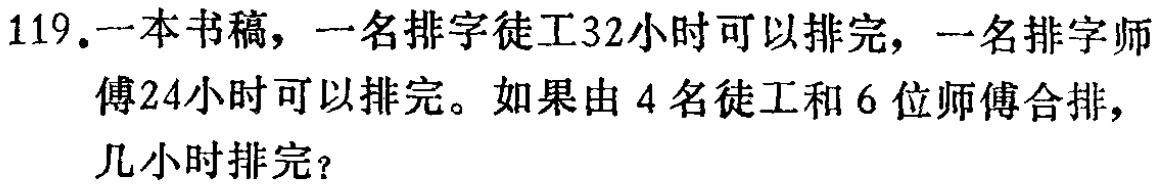
119.一本书稿，一名排字徒工32小时可以排完，一名排字师傅24小时可以排完。如果由4名徒工和6位师傅合排，几小时排完？